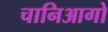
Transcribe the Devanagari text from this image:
चानिआगो